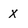
Character: X